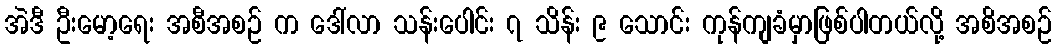
အဲဒီ ဦးမော့ရေး အစီအစဉ် က ဒေါ်လာ သန်းပေါင်း ၇ သိန်း ၉ သောင်း ကုန်ကျခံမှာဖြစ်ပါတယ်လို့ အစိအစဉ်